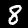
Digit: 8